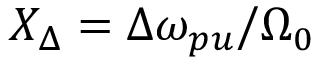
X _ { \Delta } = { \Delta \omega _ { p u } } / { \Omega _ { 0 } }